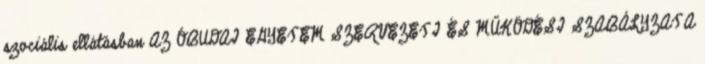
szociális ellátásban AZ ÓBUDAI EGYETEM SZERVEZETI ÉS MŰKÖDÉSI SZABÁLYZATA